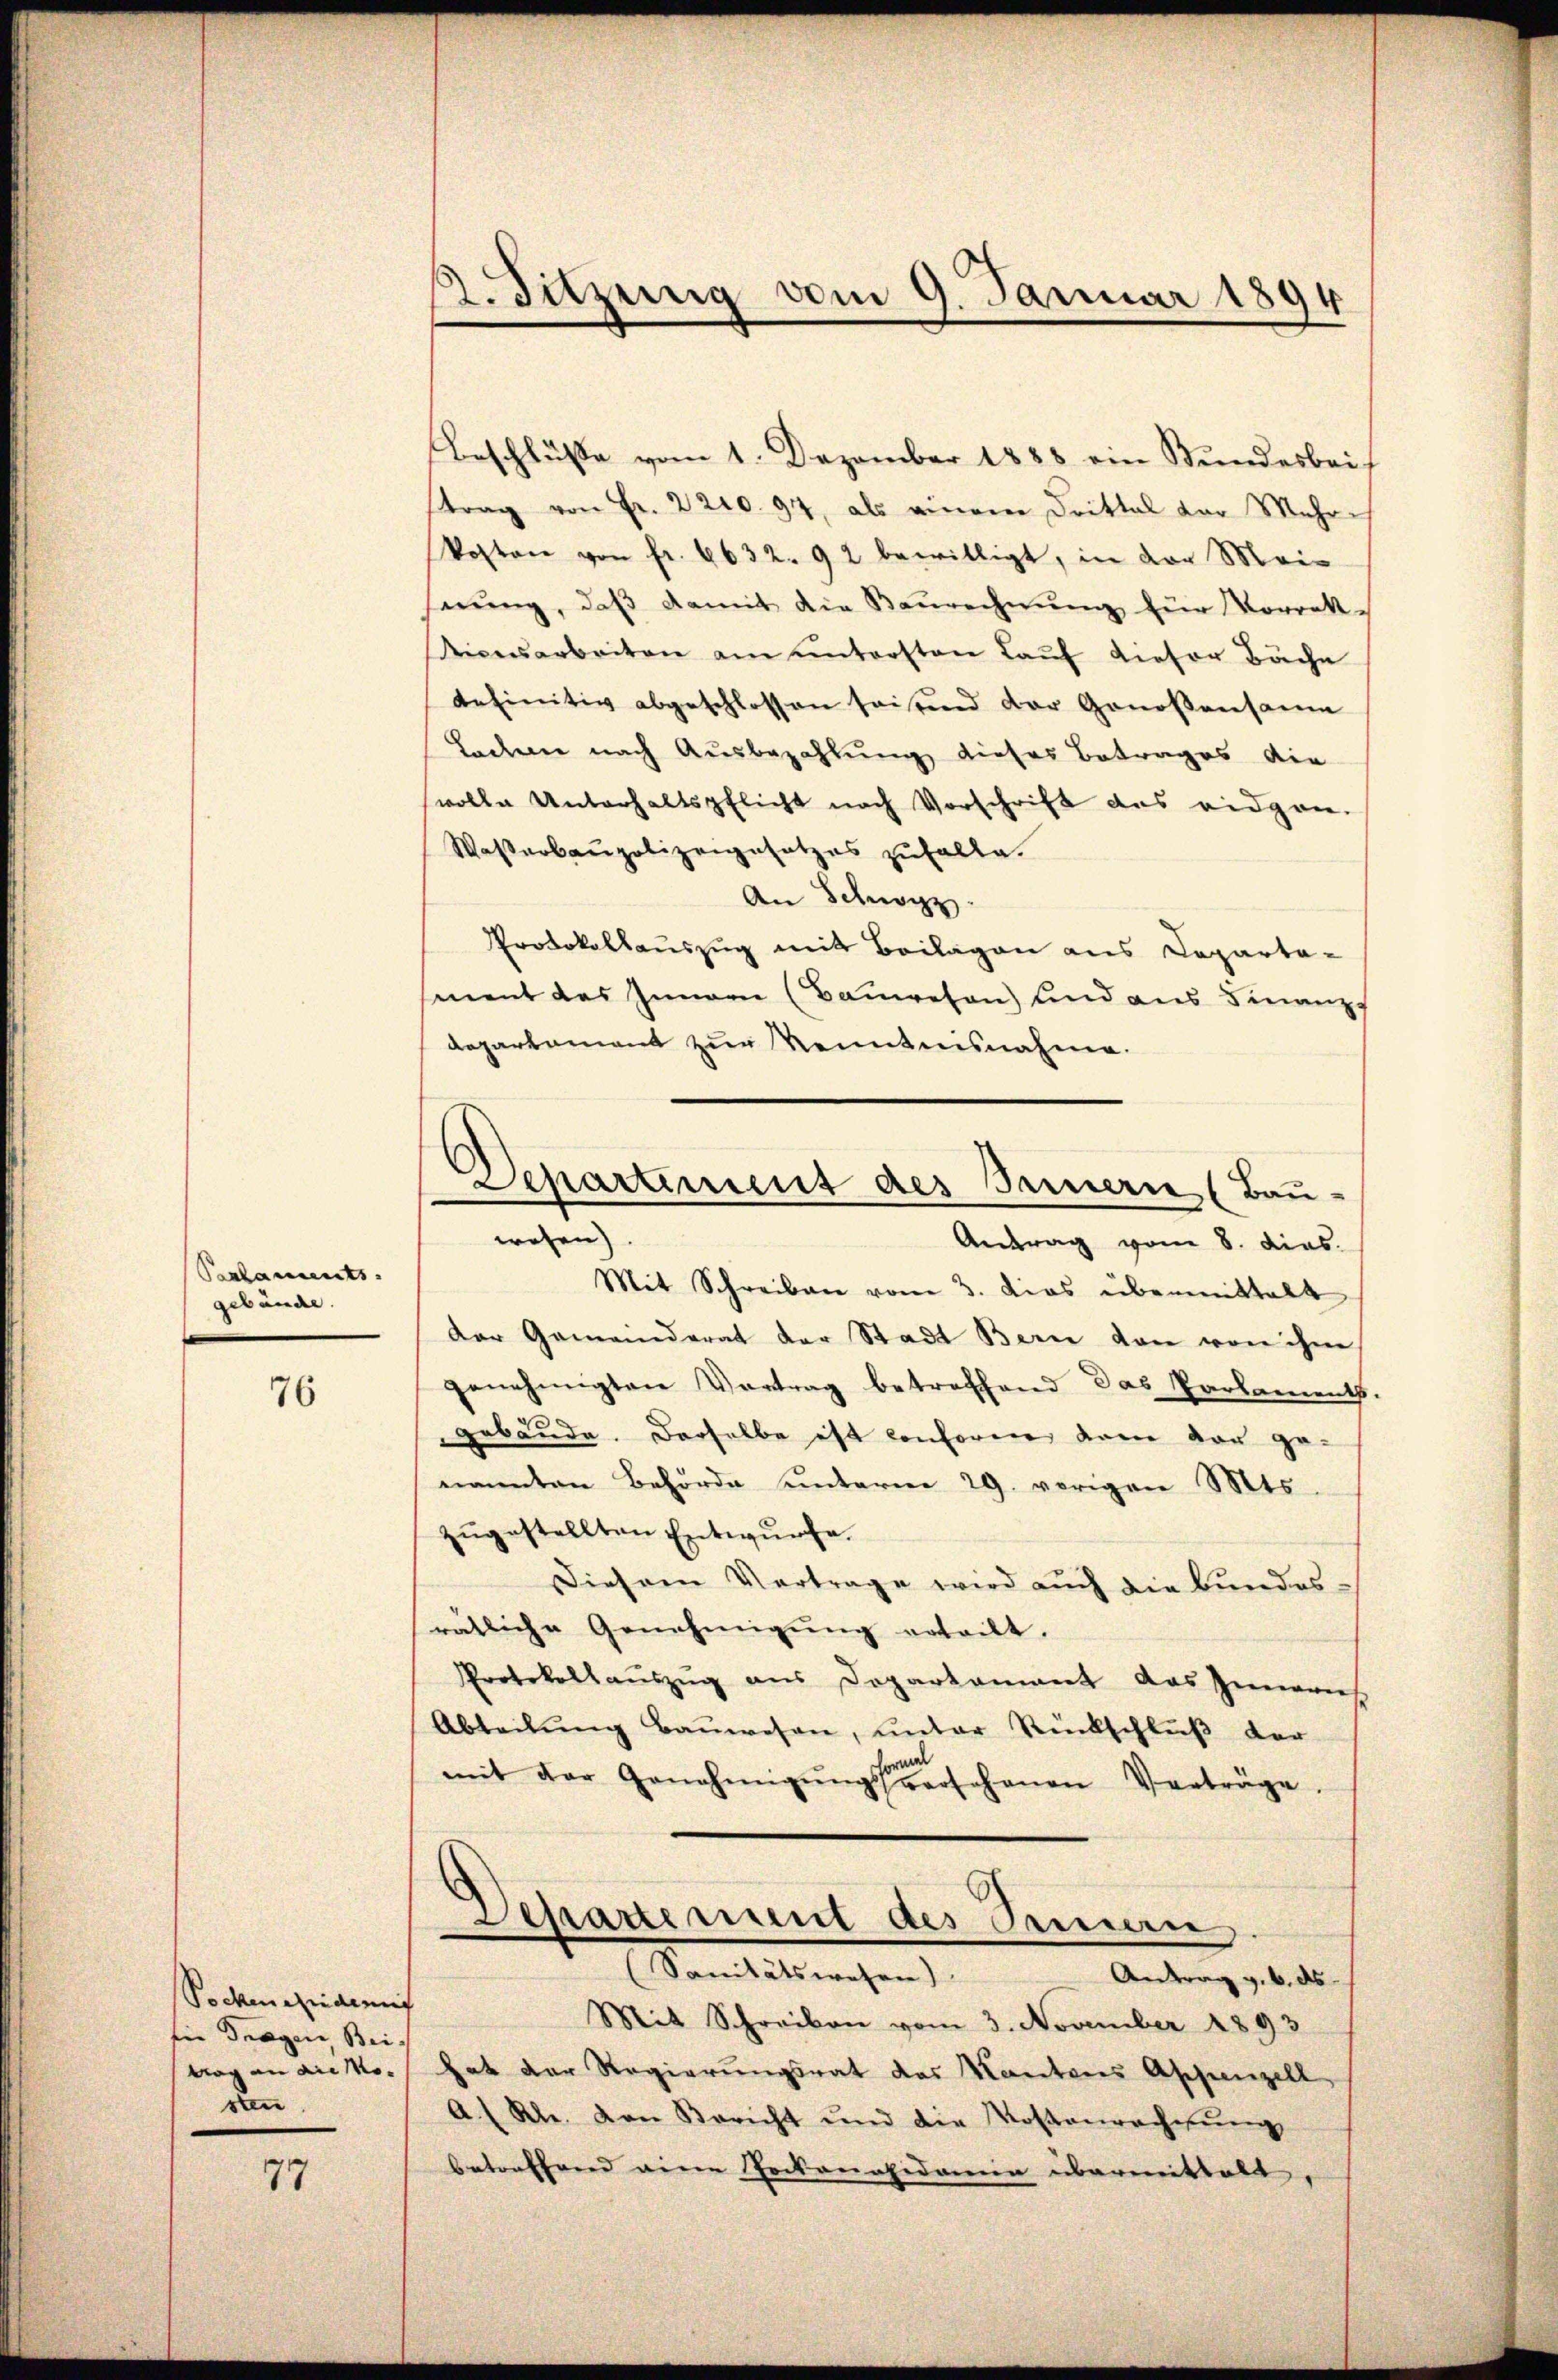
Scalaments.
gebäude.

76

Pockeneidemis
für Fragen, Bei-
Mag an die Mosten

77

2. Sitzung vom 9. Januar 1894

Beschlüsse vom 1. Dezember 1888 ein Bundesbeistrag von Fr. 2210. 92, als einem Drittel der Mehr-
kosten von fr. 6632. 92 bewilligt, in der Mei-
nung, daß damit die Baurechnung für Vorrek-
icesarbeiten am untersten Lauf dieser Bäche
definitiv abgeschlossen seitend der Genoßensame
Lochene nach Ausbezahlung dieses Betrages die
volle Unterhaltspflicht nach Vorschrift des eidgen.
Wasserbaupolizeigesetzes zufalle.
An Schwyz
Protokollauszug mit Beilagen aus Caparta-
ment das Innern (Bauwesen) und aus Finanz
departement zur Kenntnisnahme.
Mit Schreiben vom 3. dies übermittelt
Der Gemeinderat der Stadt Bern von von ihne
genehmigten Vortrag betreffend das Parlament,
gebäude. Derselbe ist conforen dann vor ge-
nannten Behörde unterm 29. vorigen Mts.
zugestellten Entwurfe.
Diesem Vertrage wird aŭch die Bundes-
rätliche Genehmigung erteilt.
Protokollauszug aus Dopartement das Innern
Abteilŭng Baŭwesen, ŭnter Rückschlŭβ der
mit der Genehmigŭngsste Johanen Verträge.
Schauerung des Sen
(Sanitätswesen)
Antrag v. 6. ds.
Mit Schreiben vom 3. November 1893
hat der Regierungsrat das Kantons Appenzell
A.( Kl. von Bericht und die Kostenrecherŭng
betreffend eine Jackonafidemie übermittelt,

Separtement des Innern Bau-
wesen).
Antrag vom 8. dies